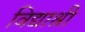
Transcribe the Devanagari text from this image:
विद्याश्री